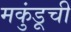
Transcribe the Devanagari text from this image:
मकुंडूची